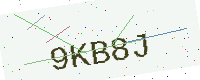
Text: 9KB8J